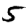
Digit: 5